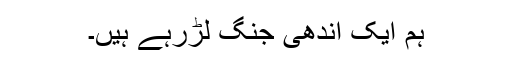
ہم ایک اندھی جنگ لڑرہے ہیں۔